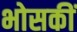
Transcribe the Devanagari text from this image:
भोसकीं